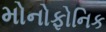
મોનોફોનિક